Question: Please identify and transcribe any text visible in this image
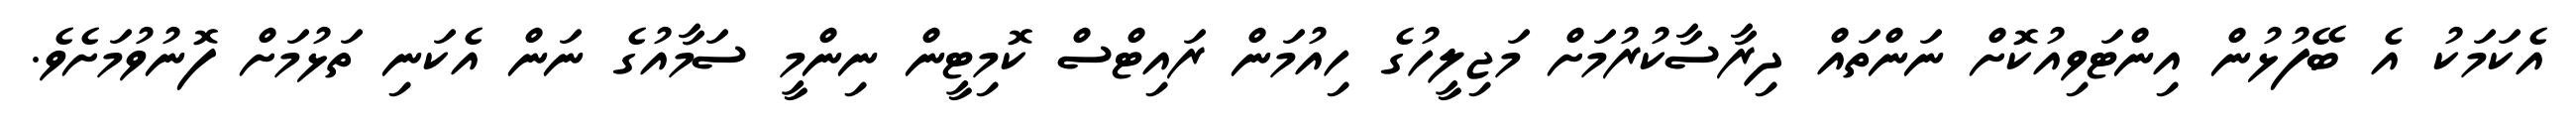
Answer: އެކަމަކު އެ ބޭފުޅުން އިންޓަވިއުކޮށް ނަންތައް ދިރާސާކުރުމަށް މަޖިލީހުގެ ހިއުމަން ރައިޓްސް ކޮމިޓީން ނިންމީ ސަމާއުގެ ނަން އެކަނި ތަޅުމަށް ފޮނުވުމަށެވެ.